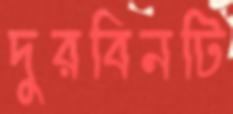
দুরবিনটি